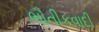
ભૌતીકવાદી